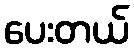
ပေးတယ်